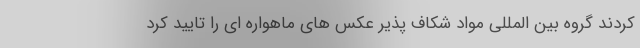
کردند گروه بین المللی مواد شکاف پذیر عکس های ماهواره ای را تایید کرد